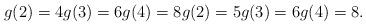
LaTeX: \begin{align*}g(2) = 4 g(3) = 6 g(4) = 8 g(2) = 5 g(3) = 6 g(4) = 8.\end{align*}